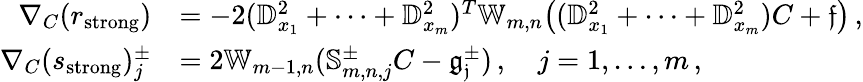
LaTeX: \begin{array}{rl}{\nabla_{C}(r_{\textrm{strong}})}&{=-2(\mathbb{D}_{x_{1}}^{2}+\cdots+\mathbb{D}_{x_{m}}^{2})^{T}\mathbb{W}_{m,n}\big((\mathbb{D}_{x_{1}}^{2}+\cdots+\mathbb{D}_{x_{m}}^{2})C+\mathfrak{f}\big)\, ,}\\ {\nabla_{C}(s_{\textrm{strong}})_{j}^{\pm}}&{=2\mathbb{W}_{m-1,n}(\mathbb{S}_{m,n,j}^{\pm}C-\mathfrak{g_{j}^{\pm}})\, ,\quad j=1,\dots,m\, ,}\end{array}